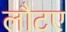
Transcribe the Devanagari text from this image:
लौटए